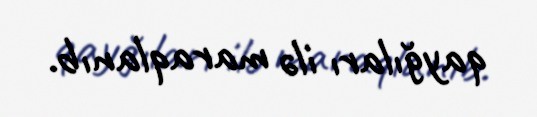
qayğıları ilə maraqlanıb.